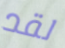
لقد